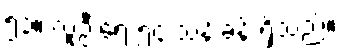
၅၃။ လူဦးရေ ၅၄ သန်းခန့် ရှိသည်။